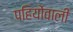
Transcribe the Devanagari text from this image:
पहियोंवाली